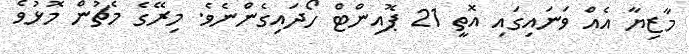
މާޒިޔާ އެއް ވަނައިގައި އޮތީ 21 ޕޮއިންޓް ހޯދައިގެންނެވެ. މިރޭގެ މެޗުން މޮޅުވެ